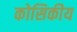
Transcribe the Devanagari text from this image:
कोसिकीय